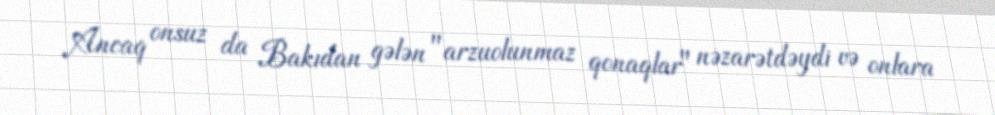
Ancaq onsuz da Bakıdan gələn "arzuolunmaz qonaqlar" nəzarətdəydi və onlara